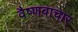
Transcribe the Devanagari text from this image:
वैष्णवाचार